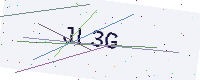
Text: JL3G